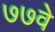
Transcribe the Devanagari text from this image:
७७वे